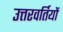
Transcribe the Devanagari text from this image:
उत्तरवर्तियों